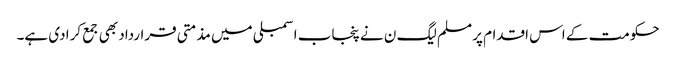
حکومت کے اس اقدام پر مسلم لیگ ن نے پنجاب اسمبلی میں مذمتی قرارداد بھی جمع کرا دی ہے۔